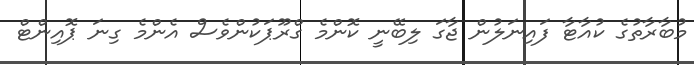
މުބާރާތުގެ ކުއާޓާ ފައިނަލުން ޖާގަ ލިބޭނީ ކޮންމެ ގްރޫޕަކުންވެސް އެންމެ ގިނަ ޕޮއިންޓް